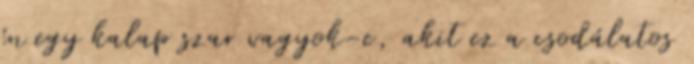
én egy kalap szar vagyok-e, akit ez a csodálatos